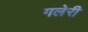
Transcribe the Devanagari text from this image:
गलेरी